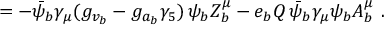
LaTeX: \L = - \bar { \psi } _ { b } \gamma _ { \mu } ( g _ { v _ { b } } - g _ { a _ { b } } \gamma _ { 5 } ) \, \psi _ { b } Z _ { b } ^ { \mu } - e _ { b } Q \, \bar { \psi } _ { b } \gamma _ { \mu } \psi _ { b } A _ { b } ^ { \mu } ~ .